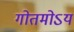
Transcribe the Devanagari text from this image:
गोतमोऽयं